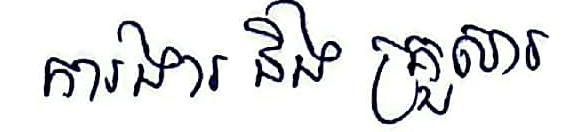
ការងារ នឹង គ្រួសារ